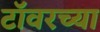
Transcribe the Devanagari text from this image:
टाॅवरच्या